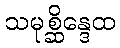
သမုစ္ဆိန္ဒေထ